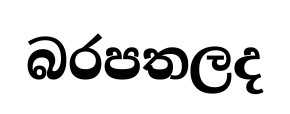
බරපතලද